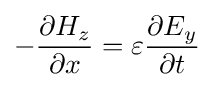
-{\frac {\partial {H_{z}}}{\partial {x}}}=\varepsilon {\frac {\partial {E_{y}}}{\partial {t}}}